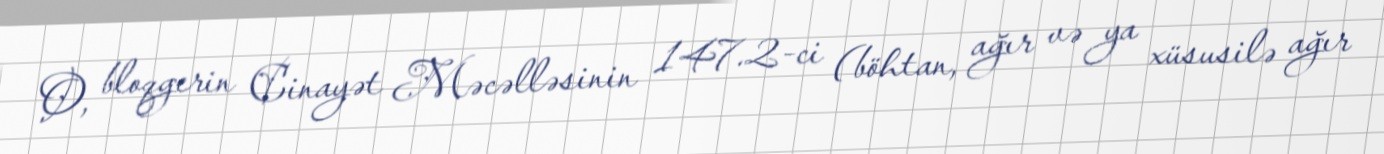
O, bloqgerin Cinayət Məcəlləsinin 147.2-ci (böhtan, ağır və ya xüsusilə ağır